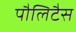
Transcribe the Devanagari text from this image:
पौलिटैस